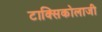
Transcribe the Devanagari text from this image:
टाक्सिकोलाजी